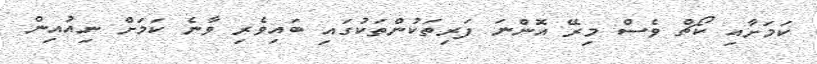
ކަމަށާއި ކޯޗް ވެސް މިރޭ އޮންނަ ފަރިތަކުންތަކުގައި ބައިވެރި ވާނެ ކަމަށް ނިއުއިން